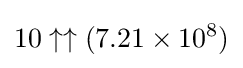
10\uparrow \uparrow (7.21\times 10^{8})